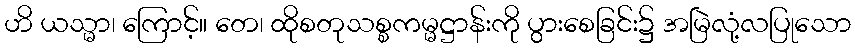
ဟိ ယသ္မာ၊ ကြောင့်။ တေ၊ ထိုစတုသစ္စကမ္မဋ္ဌာန်းကို ပွားစေခြင်း၌ အမြဲလုံ့လပြုသော